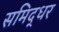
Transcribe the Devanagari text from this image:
समिद्धर